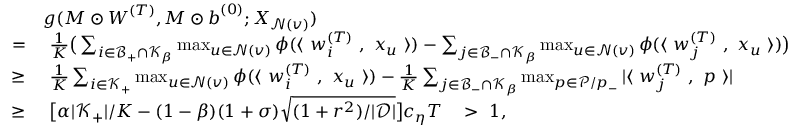
\begin{array} { r l } & { g ( { \boldsymbol M } \odot { \boldsymbol W } ^ { ( T ) } , { \boldsymbol M } \odot { \boldsymbol b } ^ { ( 0 ) } ; { \boldsymbol X } _ { \mathcal { N } ( v ) } ) } \\ { = } & { ~ \textstyle \frac { 1 } { K } \big ( \sum _ { i \in \mathcal { B } _ { + } \cap \mathcal { K } _ { \beta } } \operatorname* { m a x } _ { u \in \mathcal { N } ( v ) } \phi ( \langle ~ { \boldsymbol w } _ { i } ^ { ( T ) } ~ , ~ { \boldsymbol x } _ { u } ~ \rangle ) - \sum _ { j \in \mathcal { B } _ { - } \cap \mathcal { K } _ { \beta } } \operatorname* { m a x } _ { u \in \mathcal { N } ( v ) } \phi ( \langle ~ { \boldsymbol w } _ { j } ^ { ( T ) } ~ , ~ { \boldsymbol x } _ { u } ~ \rangle ) \big ) } \\ { \ge } & { ~ \textstyle \frac { 1 } { K } \sum _ { i \in \mathcal { K } _ { + } } \operatorname* { m a x } _ { u \in \mathcal { N } ( v ) } \phi ( \langle ~ { \boldsymbol w } _ { i } ^ { ( T ) } ~ , ~ { \boldsymbol x } _ { u } ~ \rangle ) - \frac { 1 } { K } \sum _ { j \in \mathcal { B } _ { - } \cap \mathcal { K } _ { \beta } } \operatorname* { m a x } _ { { \boldsymbol p } \in \mathcal { P } / { \boldsymbol p } _ { - } } | \langle ~ { \boldsymbol w } _ { j } ^ { ( T ) } ~ , ~ { \boldsymbol p } ~ \rangle | } \\ { \ge } & { ~ \big [ \alpha | \mathcal { K } _ { + } | / K - ( 1 - \beta ) ( 1 + \sigma ) \sqrt { ( 1 + r ^ { 2 } ) / | \mathcal { D } | } \big ] c _ { \eta } T \quad > ~ 1 , } \end{array}